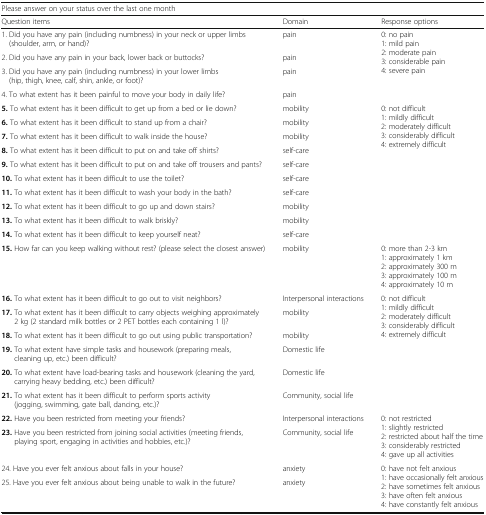
<table><thead><tr><td colspan="3"><b>Please answer on your status over the last one month</b></td></tr><tr><td><b>Question items</b></td><td><b>Domain</b></td><td><b>Response options</b></td></tr></thead><tbody><tr><td>1. Did you have any pain (including numbness) in your neck or upper limbs (shoulder, arm, or hand)?</td><td>pain</td><td rowspan="4">0: no pain1: mild pain2: moderate pain3: considerable pain4: severe pain</td></tr><tr><td>2. Did you have any pain in your back, lower back or buttocks?</td><td>pain</td></tr><tr><td>3. Did you have any pain (including numbness) in your lower limbs (hip, thigh, knee, calf, shin, ankle, or foot)?</td><td>pain</td></tr><tr><td>4. To what extent has it been painful to move your body in daily life?</td><td>pain</td></tr><tr><td><b>5.</b> To what extent has it been difficult to get up from a bed or lie down?</td><td>mobility</td><td rowspan="10">0: not difficult1: mildly difficult2: moderately difficult3: considerably difficult4: extremely difficult</td></tr><tr><td><b>6.</b> To what extent has it been difficult to stand up from a chair?</td><td>mobility</td></tr><tr><td><b>7.</b> To what extent has it been difficult to walk inside the house?</td><td>mobility</td></tr><tr><td><b>8.</b> To what extent has it been difficult to put on and take off shirts?</td><td>self-care</td></tr><tr><td><b>9.</b> To what extent has it been difficult to put on and take off trousers and pants?</td><td>self-care</td></tr><tr><td><b>10.</b> To what extent has it been difficult to use the toilet?</td><td>self-care</td></tr><tr><td><b>11.</b> To what extent has it been difficult to wash your body in the bath?</td><td>self-care</td></tr><tr><td><b>12.</b> To what extent has it been difficult to go up and down stairs?</td><td>mobility</td></tr><tr><td><b>13.</b> To what extent has it been difficult to walk briskly?</td><td>mobility</td></tr><tr><td><b>14.</b> To what extent has it been difficult to keep yourself neat?</td><td>self-care</td></tr><tr><td><b>15.</b> How far can you keep walking without rest? (please select the closest answer)</td><td>mobility</td><td>0: more than 2-3 km1: approximately 1 km2: approximately 300 m3: approximately 100 m4: approximately 10 m</td></tr><tr><td><b>16.</b> To what extent has it been difficult to go out to visit neighbors?</td><td>Interpersonal interactions</td><td rowspan="6">0: not difficult1: mildly difficult2: moderately difficult3: considerably difficult4: extremely difficult</td></tr><tr><td><b>17.</b> To what extent has it been difficult to carry objects weighing approximately 2 kg (2 standard milk bottles or 2 PET bottles each containing 1 l)?</td><td>mobility</td></tr><tr><td><b>18.</b> To what extent has it been difficult to go out using public transportation?</td><td>mobility</td></tr><tr><td><b>19.</b> To what extent have simple tasks and housework (preparing meals, cleaning up, etc.) been difficult?</td><td>Domestic life</td></tr><tr><td><b>20.</b> To what extent have load-bearing tasks and housework (cleaning the yard, carrying heavy bedding, etc.) been difficult?</td><td>Domestic life</td></tr><tr><td><b>21.</b> To what extent has it been difficult to perform sports activity (jogging, swimming, gate ball, dancing, etc.)?</td><td>Community, social life</td></tr><tr><td><b>22.</b> Have you been restricted from meeting your friends?</td><td>Interpersonal interactions</td><td rowspan="2">0: not restricted1: slightly restricted2: restricted about half the time3: considerably restricted4: gave up all activities</td></tr><tr><td><b>23.</b> Have you been restricted from joining social activities (meeting friends, playing sport, engaging in activities and hobbies, etc.)?</td><td>Community, social life</td></tr><tr><td>24. Have you ever felt anxious about falls in your house?</td><td>anxiety</td><td rowspan="2">0: have not felt anxious1: have occasionally felt anxious2: have sometimes felt anxious3: have often felt anxious4: have constantly felt anxious</td></tr><tr><td>25. Have you ever felt anxious about being unable to walk in the future?</td><td>anxiety</td></tr></tbody></table>